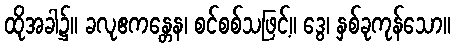
ထိုအခါ၌။ ခလုဧကန္တေန၊ စင်စစ်သဖြင့်။ ဒွေ၊ နှစ်ခုကုန်သော။